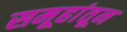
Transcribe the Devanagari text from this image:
समूहांतून